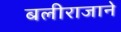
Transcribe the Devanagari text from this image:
बलीराजाने